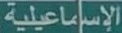
الإسماعيلية